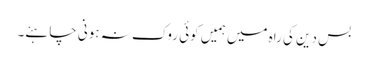
بس دین کی راہ میں ہمیں کوئی روک نہ ہونی چاہئے۔